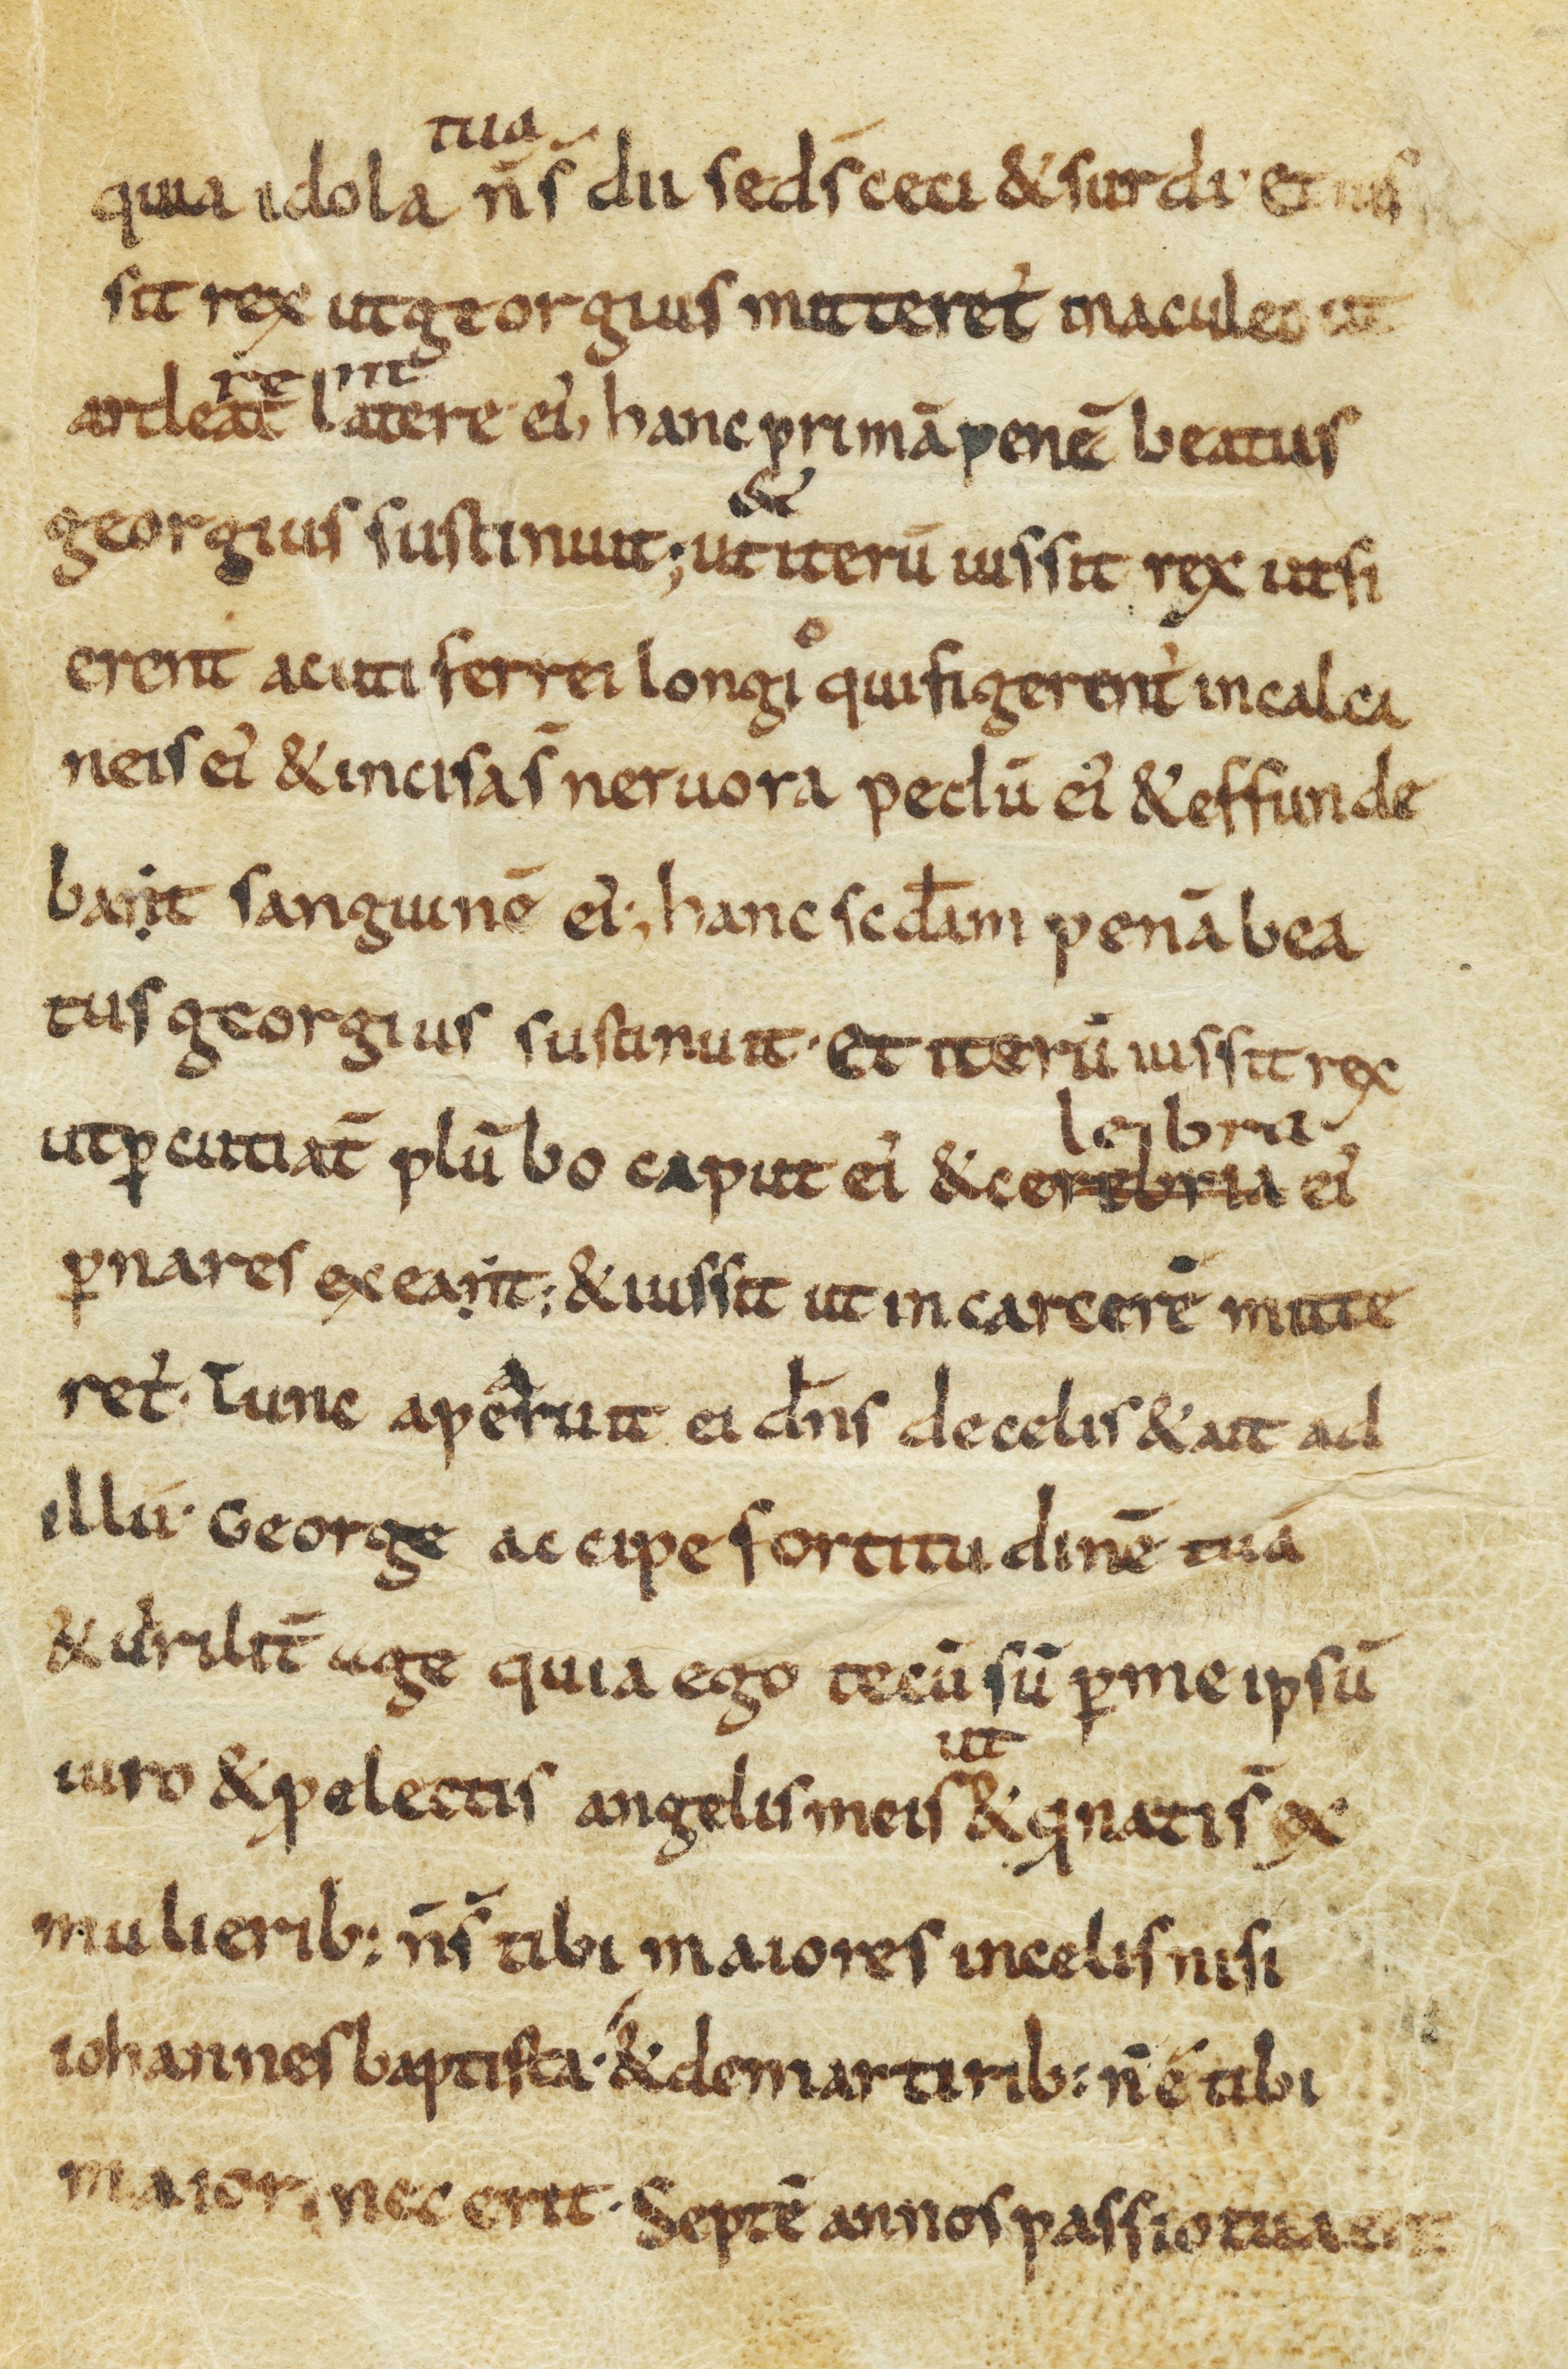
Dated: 850–899